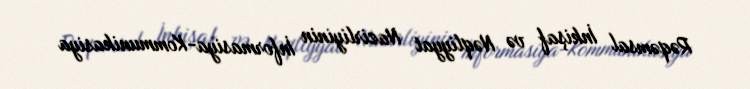
Rəqəmsal İnkişaf və Nəqliyyat Nazirliyinin İnformasiya-Kommunikasiya